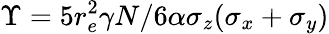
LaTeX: \Upsilon=5r_{e}^{2}\gamma N/6\alpha\sigma_{z}(\sigma_{x}+\sigma_{y})